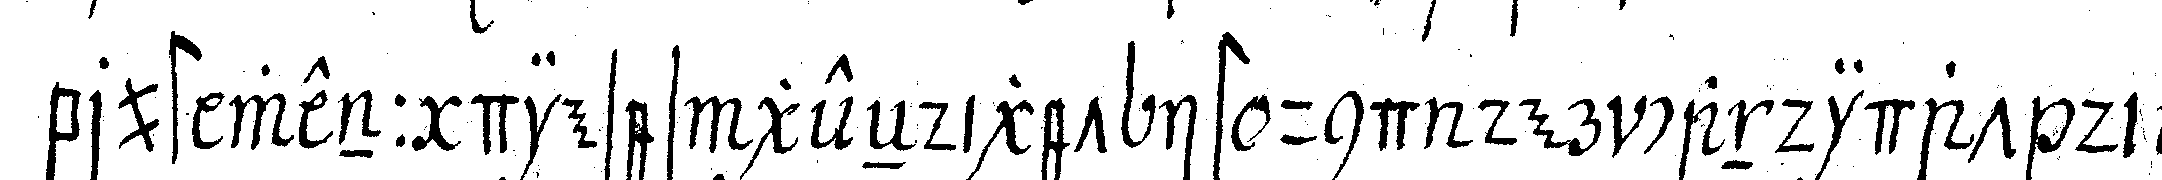
brust wenn dieses geeNdiget ist und der candidat die